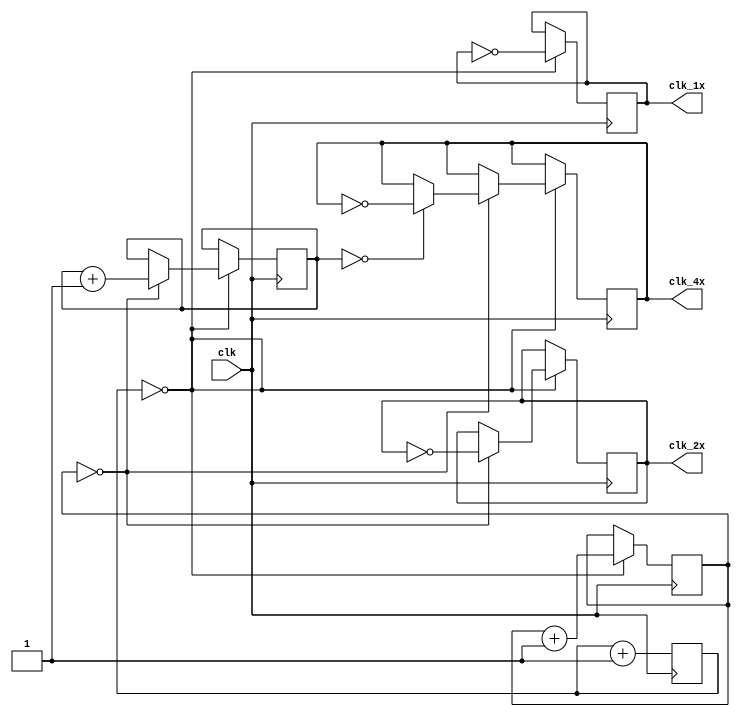
module multirate_timer(
    input clk,
    output reg clk_1x,
    output reg clk_2x,
    output reg clk_4x
);

reg [7:0] counter1x = 8'd0;
reg [7:0] counter2x = 8'd0;
reg [7:0] counter4x = 8'd0;

always @(posedge clk) begin
    counter1x <= counter1x + 1;
    if(counter1x == 7'd0) begin
        clk_1x <= ~clk_1x;
    end
    
    if(counter1x == 3'd0) begin
        counter2x <= counter2x + 1;
        if(counter2x == 7'd0) begin
            clk_2x <= ~clk_2x;
        end
        
        if(counter2x == 3'd0) begin
            counter4x <= counter4x + 1;
            if(counter4x == 7'd0) begin
                clk_4x <= ~clk_4x;
            end
        end
    end
end

endmodule